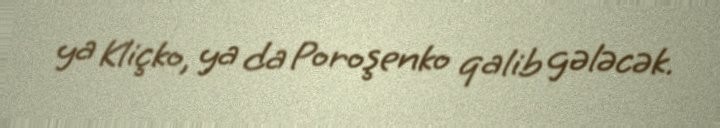
ya Kliçko, ya da Poroşenko qalib gələcək.